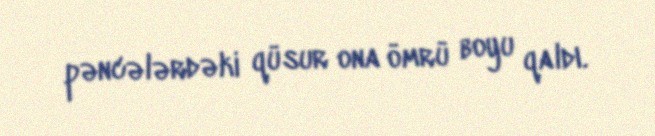
pəncələrdəki qüsur ona ömrü boyu qaldı.